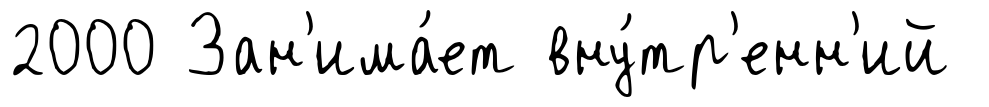
2000 Зан'има́ет вну́тр'енн'ий